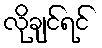
လိုချင်ရင်